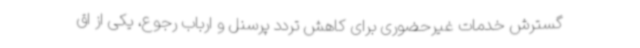
گسترش خدمات غیرحضوری برای کاهش تردد پرسنل و ارباب رجوع، یکی از اق